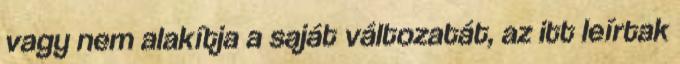
vagy nem alakítja a saját változatát, az itt leírtak